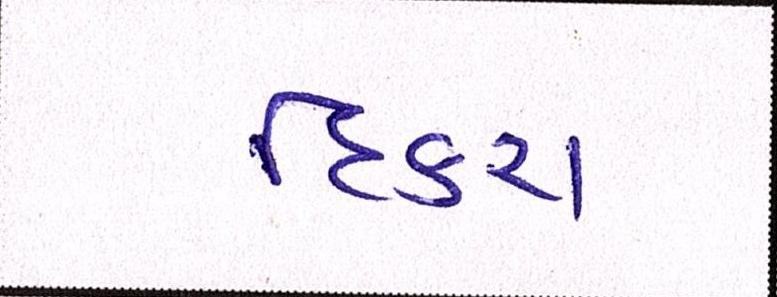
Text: દિકરા